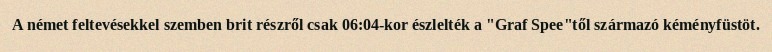
A német feltevésekkel szemben brit részről csak 06:04-kor észlelték a "Graf Spee"től származó kéményfüstöt.